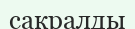
сакралды